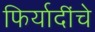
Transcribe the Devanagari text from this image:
फिर्यादींचे